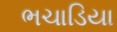
ભચાડિયા